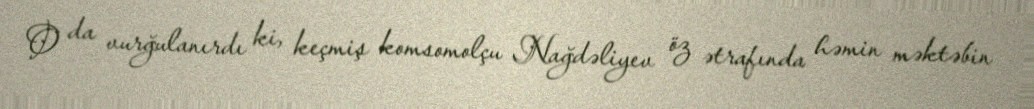
O da vurğulanırdı ki, keçmiş komsomolçu Nağdəliyev öz ətrafında həmin məktəbin